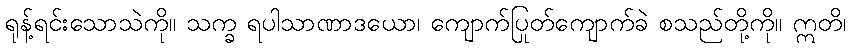
ရုန့်ရင်းသောသဲကို။ သက္ခ ရပါသာဏာဒယော၊ ကျောက်ပြုတ်ကျောက်ခဲ စသည်တို့ကို။ ဣတိ၊